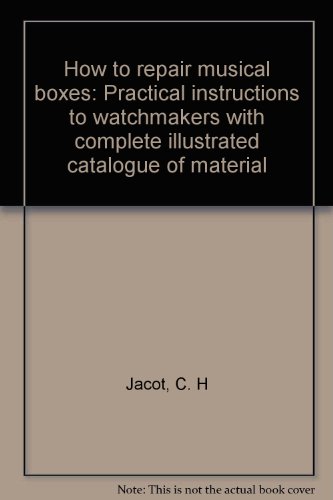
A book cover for How to repair musical boxes: Practical instructions to watchmakers with complete illustrated catalogue of material; C. H Jacot; Crafts, Hobbies & Home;